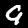
Label: 9